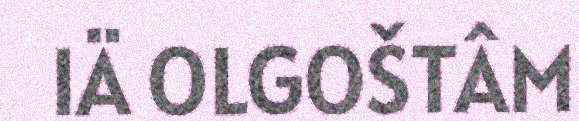
IÄ OLGOŠTÂM